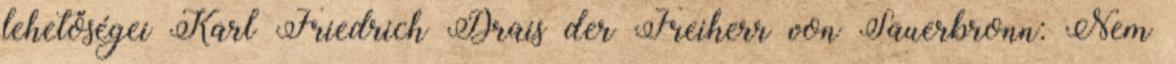
lehetőségei Karl Friedrich Drais der Freiherr von Sauerbronn: Nem